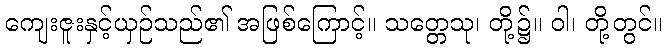
ကျေးဇူးနှင့်ယှဉ်သည်၏ အဖြစ်ကြောင့်။ သတ္တေသု၊ တို့၌။ ဝါ၊ တို့တွင်။